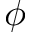
\phi